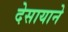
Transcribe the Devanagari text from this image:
देसायाने